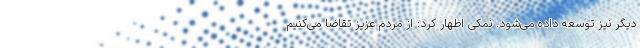
دیگر نیز توسعه داده می‌شود. نمکی اظهار کرد: از مردم عزیز تقاضا می‌کنیم